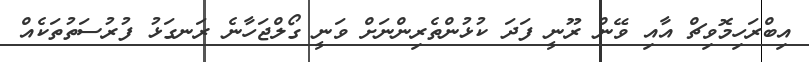
އިބްރަހިމޮވިޗް އާއި ވޭން ރޫނީ ފަދަ ކުޅުންތެރިންނަށް ވަނީ ގޯލްޖަހާނެ ރަނގަޅު ފުރުސަތުތަކެއް